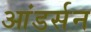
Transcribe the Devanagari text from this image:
आंडर्सन